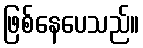
ဖြစ်နေပေသည်။